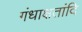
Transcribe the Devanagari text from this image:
गंधाक्षतांदि